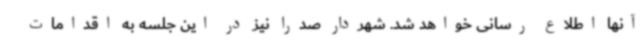
آنها اطلاع رسانی خواهد شد. شهردار صدرا نیز در این جلسه به اقدامات